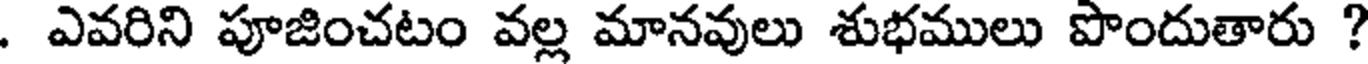
. ఎవరిని పూజించటం వల్ల మానవులు శుభములు పొందుతారు ?